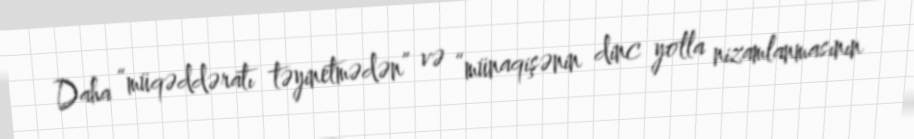
Daha “müqəddəratı təyinetmədən” və “münaqişənin dinc yolla nizamlanmasının